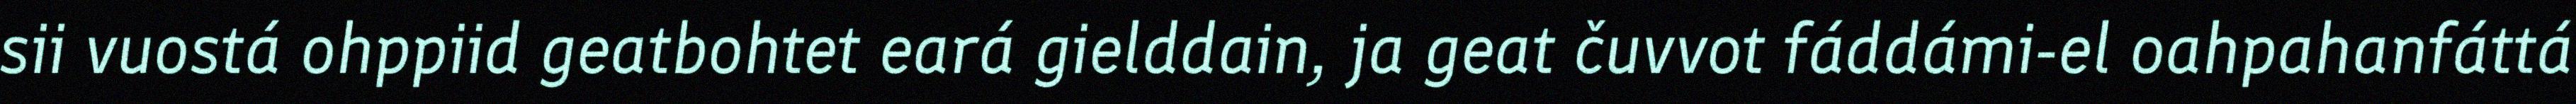
sii vuostá ohppiid geatbohtet eará gielddain, ja geat čuvvot fáddámi-el oahpahanfáttá